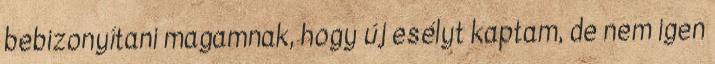
bebizonyítani magamnak, hogy új esélyt kaptam, de nem igen